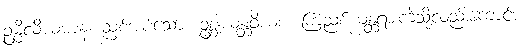
ဥမ္မိလိယမာနံ၊ ညှစ်အပ်သော။ ဥစ္ဆုယန္တံဝိယစ၊ ကြံညှစ်ယန္တရားကဲ့သို့လည်းကောင်း။